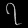
Digit: ၇